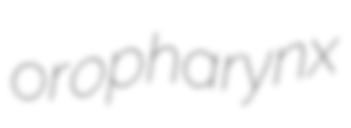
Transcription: oropharynx